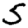
Digit: 5